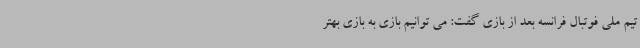
تیم ملی فوتبال فرانسه بعد از بازی گفت: می توانیم بازی به بازی بهتر